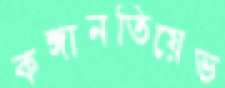
কঙ্গানতিয়েভ